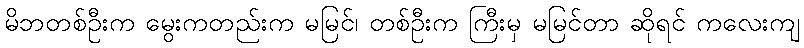
မိဘတစ်ဦးက မွေးကတည်းက မမြင်၊ တစ်ဦးက ကြီးမှ မမြင်တာ ဆိုရင် ကလေးကျ